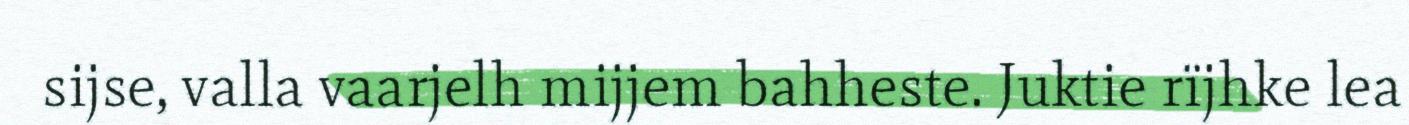
sijse, valla vaarjelh mijjem bahheste. Juktie rïjhke lea